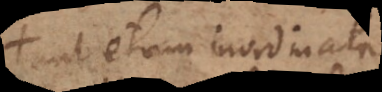
aut etiam inordinata